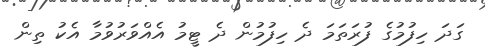
ގަދަ ހިފުމުގެ ފުރަތަމަ ދެ ހިފުމުން ދެ ޓީމު އެއްވަރުވުމާ އެކު ތިން